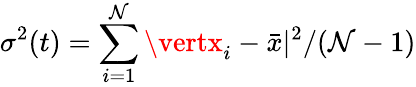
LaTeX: \sigma^{2}(t)=\sum_{i=1}^{\mathcal{N}}\vertx_{i}-\bar{{x}}\vert^{2}/(\mathcal{N}-1)